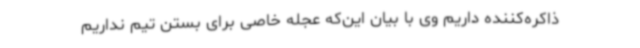
ذاکره‌کننده داریم وی با بیان این‌که عجله‌ خاصی برای بستن تیم نداریم